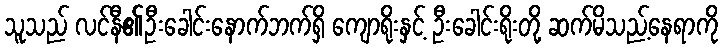
သူသည် လင်နီ၏ဦးခေါင်းနောက်ဘက်ရှိ ကျောရိုးနှင့် ဦးခေါင်းရိုးတို့ ဆက်မိသည့်နေရာကို